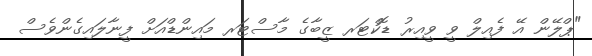
"ޕްލޭން އޭ ފެއިލް ވީ ވީއިރު ޑޮކްޓަރ ޒީބާގެ މާސްޓަރ މައިންޑްއަށް ފީނާލައިގެންވެސް